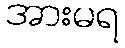
အားမရ